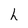
Character: h